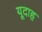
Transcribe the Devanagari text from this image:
यूदाह